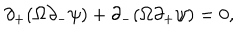
\partial _ { + } ( \Omega \partial _ { - } \psi ) + \partial _ { - } ( \Omega \partial _ { + } \psi ) = 0 ,